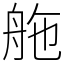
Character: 䑨